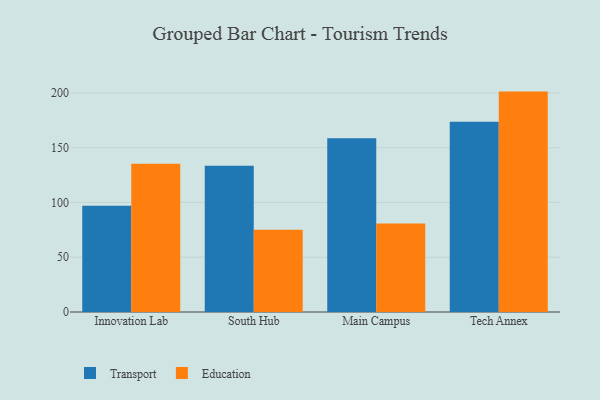
{"axis": {"x": "Campus", "y": "Bounce Rate (%)"}, "legend": ["Education", "Transport"], "data": [{"x": "Innovation Lab", "y": 96.9, "type": "Transport"}, {"x": "Innovation Lab", "y": 135.4, "type": "Education"}, {"x": "South Hub", "y": 133.4, "type": "Transport"}, {"x": "South Hub", "y": 75.0, "type": "Education"}, {"x": "Main Campus", "y": 158.6, "type": "Transport"}, {"x": "Main Campus", "y": 80.7, "type": "Education"}, {"x": "Tech Annex", "y": 173.7, "type": "Transport"}, {"x": "Tech Annex", "y": 201.2, "type": "Education"}]}